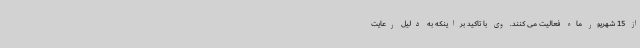
از 15 شهریور ماه فعالیت می کنند. وی با تاکید براینکه به دلیل رعایت